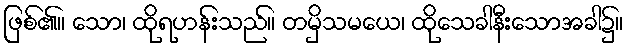
ဖြစ်၏။ သော၊ ထိုရဟန်းသည်။ တမှိသမယေ၊ ထိုသေခါနီးသောအခါ၌။